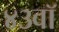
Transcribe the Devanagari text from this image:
४३वॉ